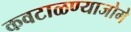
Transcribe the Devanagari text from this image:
कवटाळण्याजोगे